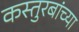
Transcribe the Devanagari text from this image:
कस्तुरबांच्या